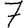
Digit: 7